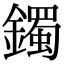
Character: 鐲